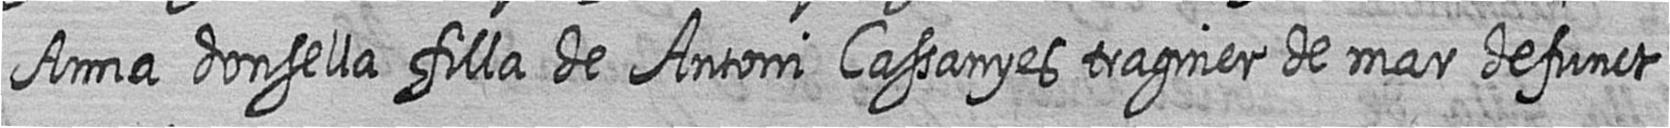
Anna donsella filla de Antoni Cassanyes traginer de mar defunct